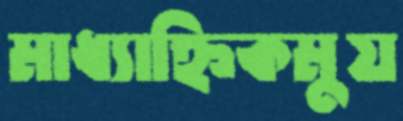
মাধ্যাহ্নিকমুয়